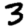
Digit: 3